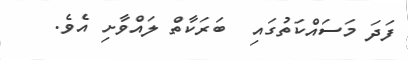
ފަދަ މަސައްކަތުގައި  ބަރަކާތް ލައްވާށި އެވެ.